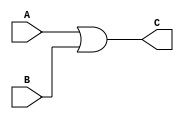
`timescale 1ns / 1ps
//////////////////////////////////////////////////////////////////////////////////
// Company: 
// Engineer: 
// 
// Design Name: 
// Module Name: or_gate
// Project Name: 
// Target Devices: 
// Tool Versions: 
// Description: 
// 
// Dependencies: 
// 
// Revision:
// Revision 0.01 - File Created
// Additional Comments:
// 
//////////////////////////////////////////////////////////////////////////////////


module or_gate(
    input A,
    input B,
    output C
    );
    assign C = A | B ; // need to do the Or_operation here (can use or(C,A,B))
    
endmodule